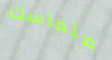
متماسك